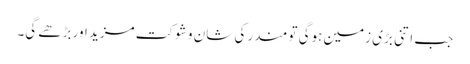
جب اتنی بڑی زمین ہوگی تو مندر کی شان و شوکت مزید اور بڑھے گی۔